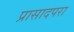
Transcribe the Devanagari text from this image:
प्रासादपरा